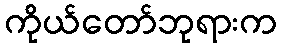
ကိုယ်တော်ဘုရားက